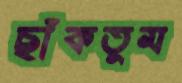
ছাঁকতুম